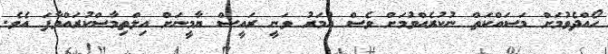
ހޯއްދެވުމަށް މަސައްކަތް ނުކުރެއްވުމަށް ވެސް އުމަރު ވަނީ ރައީސް ޔާމީނަށް އިލްތިމާސްކުރައްވާފަ އެވެ.